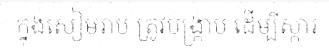
ក្នុងសៀមរាប ត្រូវបង្ក្រាប ដើម្បីស្តារ